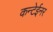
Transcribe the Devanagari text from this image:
कन्टेईनर